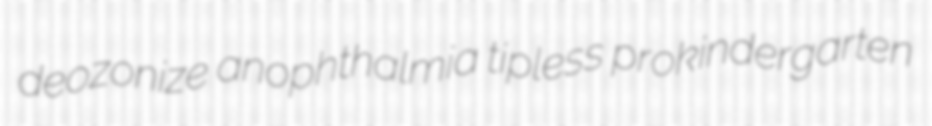
deozonize anophthalmia tipless prokindergarten